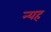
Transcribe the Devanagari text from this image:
न्यह